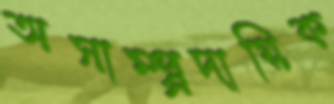
অসাম্প্র্রদায়িক